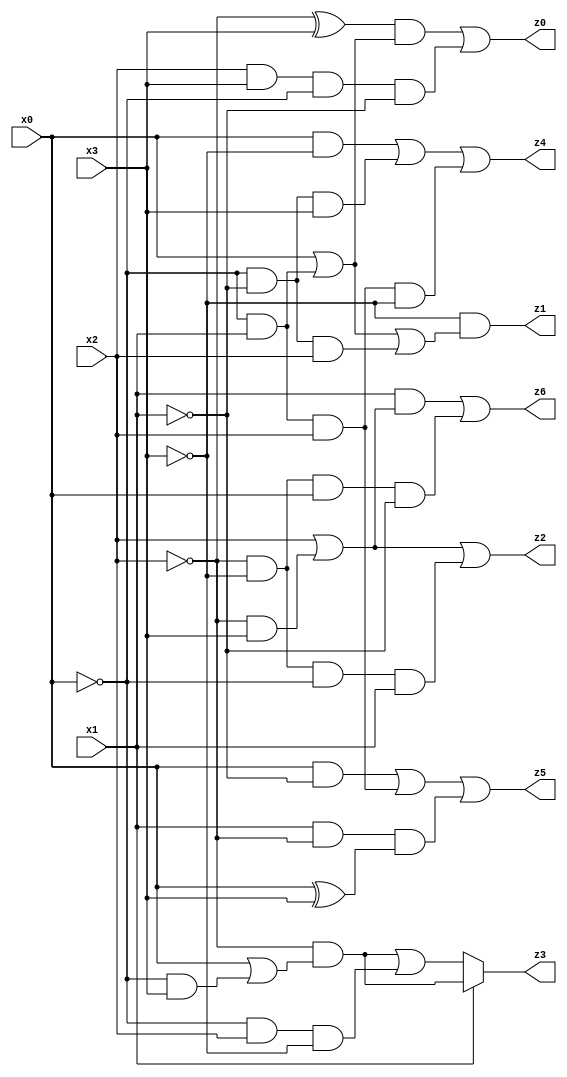
// Benchmark "X_17" written by ABC on Wed Jun 07 21:17:35 2023

module X_17 ( 
    x0, x1, x2, x3,
    z0, z1, z2, z3, z4, z5, z6  );
  input  x0, x1, x2, x3;
  output z0, z1, z2, z3, z4, z5, z6;
  assign z0 = ((~x2 ^ x3) & (x0 | (~x0 & x1))) | (x2 & x3 & ~x0 & ~x1);
  assign z1 = ~x3 & (x0 | (~x0 & x1) | (~x0 & ~x1 & x2));
  assign z2 = x2 | (~x2 & x3) | (~x2 & ~x3 & ~x0 & x1);
  assign z3 = x1 ? (~x2 & (x0 | (~x0 & x3))) : ((~x2 & (x0 | (~x0 & x3))) | (~x0 & x2 & ~x3));
  assign z4 = (x0 & ~x3) | (~x0 & ~x1 & x3) | (~x0 & x1 & x2 & ~x3);
  assign z5 = (x0 & ~x1) | (~x0 & x1 & x2) | (x1 & ~x2 & (x0 ^ x3));
  assign z6 = (x1 & (x2 | (~x2 & x3))) | (~x2 & ~x3 & x0 & ~x1);
endmodule